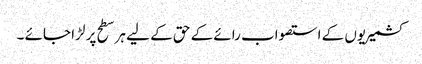
کشمیریوں کے استصواب رائے کے حق کے لیے ہر سطح پر لڑا جائے ۔